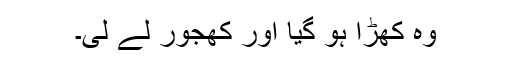
وہ کھڑا ہو گیا اور کھجور لے لی۔